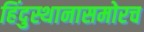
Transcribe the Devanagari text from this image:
हिंदुस्थानासमोरच